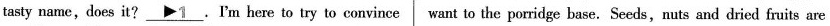
tasty name,does it? \underline{\rhd 1}.I'm here to try to convince want to the porridge base.Seeds,nuts and dried fruits are